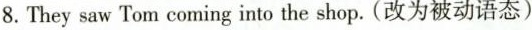
8.They saw Tom coming into the shop.（改为被动语态）